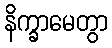
နိက္ခာမေတွာ